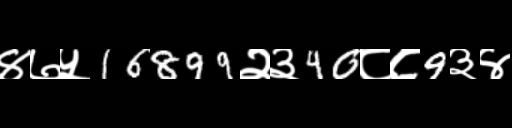
Text: ४७५16899२३40८८9३४